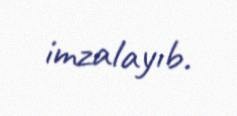
imzalayıb.